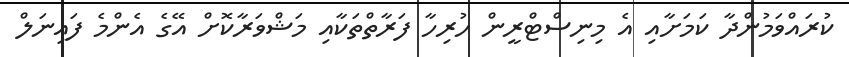
ކުރައްވަމުންދާ ކަމަށާއި އެ މިނިސްޓްރީން ހުރިހާ ފަރާތްތަކާއި މަޝްވަރާކޮށް އޭގެ އެންމެ ފައިނަލް